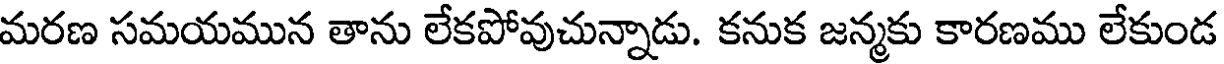
మరణ సమయమున తాను లేకపోవుచున్నాడు. కనుక జన్మకు కారణము లేకుండ